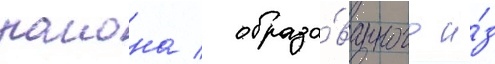
раиона / образо́ванного и́з